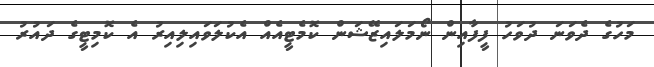
މަހުގެ ދެވަނަ ދުވަހު ފީފާއިން ނޯމަލައިޒޭޝަން ކޮމެޓީއެއް އެކުލަވައިލިއިރު އެ ކޮމިޓީގެ ދައުރު